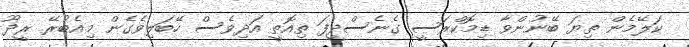
ކަލޭމެން ތިޔަ ބޭނުންވާ ޑިމޮކްރަސީ ގެނެސްދީފަ ތިއޮތީ އަދިވެސް ހޭބަލިވެގެން މިއެބުރޭ ރީދޫ